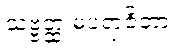
သဗ္ဗတ္ထ မပရာဇိတာ။